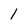
Character: 1